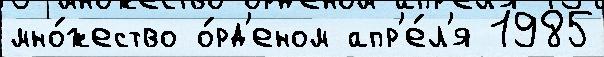
мно́жество о́рд'еном апр'е́л'я 1985